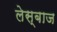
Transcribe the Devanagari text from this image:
लेस्बाज